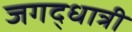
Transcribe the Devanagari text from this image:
जगद्‌धात्री